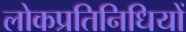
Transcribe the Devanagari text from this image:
लोकप्रतिनिधियों